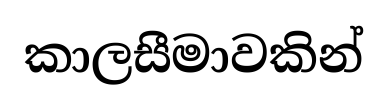
කාලසීමාවකින්